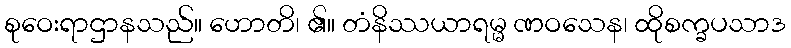
စုဝေးရာဌာနသည်။ ဟောတိ၊ ၏။ တံနိဿယာရမ္မ ဏဝသေန၊ ထိုစက္ခပသာဒ